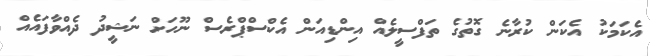
އެކަމަކު އެކަން ކުރާނެ ގޮތުގެ ތަފްސީލެއް އިންޑިއަން އެކްސްޕްރެސް ނޫހަށް ނަޝީދު ދެއްވާފައެއް